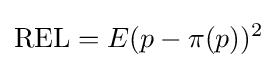
\mathrm {REL} =E(p-\pi (p))^{2}